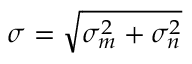
\sigma = \sqrt { \sigma _ { m } ^ { 2 } + \sigma _ { n } ^ { 2 } }